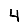
Digit: 4